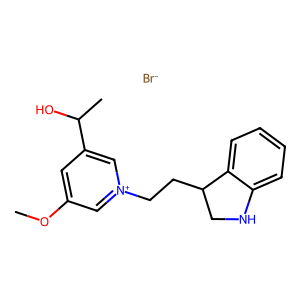
SMILES: COc1cc(C(C)O)c[n+](CCC2CNc3ccccc32)c1.[Br-]
Inhibits HIV replication: No